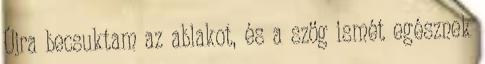
Újra becsuktam az ablakot, és a szög ismét egésznek